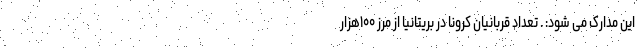
این مدارک می شود: . تعداد قربانیان کرونا در بریتانیا از مرز ۱۰۰هزار